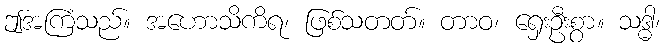
ဤအကြံသည်။ အဟောသိကိရ၊ ဖြစ်သတတ်။ တာဝ၊ ရှေးဦးစွာ။ သဒ္ဓါ၊